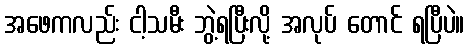
အဖေကလည်း ငါ့သမီး ဘွဲ့ရပြီးလို့ အလုပ် တောင် ရပြီပဲ။